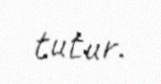
tutur.